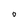
Character: O